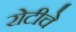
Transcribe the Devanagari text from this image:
रोटीचे